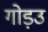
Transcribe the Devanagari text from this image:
गोड़उ